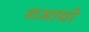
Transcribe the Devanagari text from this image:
शआयरे